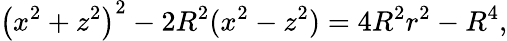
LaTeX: \left(x^{2}+z^{2}\right)^{2}-2R^{2}(x^{2}-z^{2})=4R^{2}r^{2}-R^{4},